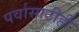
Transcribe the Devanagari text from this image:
पर्वासाठीही